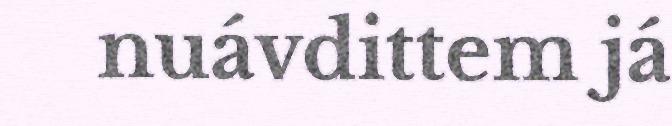
nuávdittem já